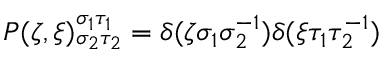
P ( \zeta , \xi ) _ { \sigma _ { 2 } \tau _ { 2 } } ^ { \sigma _ { 1 } \tau _ { 1 } } = \delta ( \zeta \sigma _ { 1 } \sigma _ { 2 } ^ { - 1 } ) \delta ( \xi \tau _ { 1 } \tau _ { 2 } ^ { - 1 } )